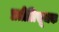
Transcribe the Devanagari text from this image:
प्रतीतिसूचक